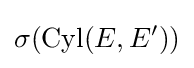
\sigma (\operatorname {Cyl} (E,E'))